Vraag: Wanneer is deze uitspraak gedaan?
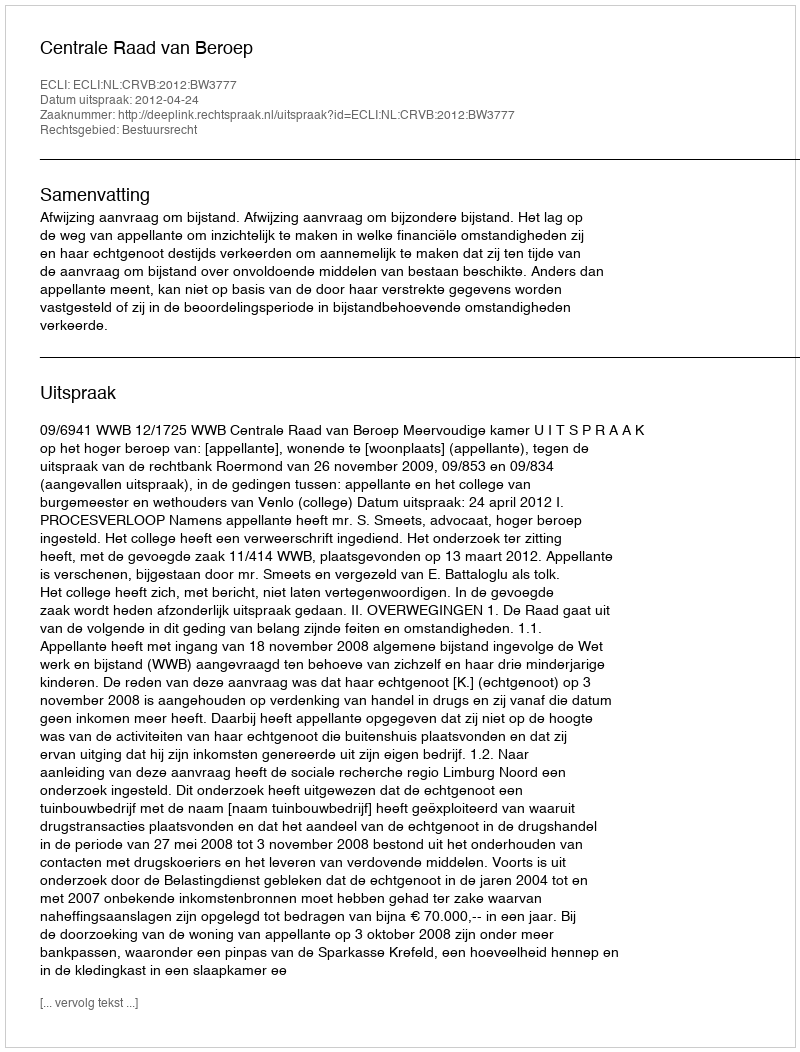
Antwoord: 2012-04-24